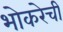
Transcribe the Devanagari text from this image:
भोकरेची